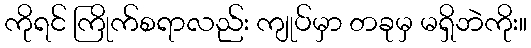
ကိုရင် ကြိုက်စရာလည်း ကျုပ်မှာ တခုမှ မရှိဘဲကိုး။